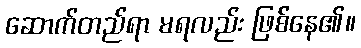
ဆောက်တည်ရာ မရလည်း ဖြစ်နေ၏။